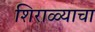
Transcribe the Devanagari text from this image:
शिराळ्याचा